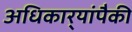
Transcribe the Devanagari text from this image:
अधिकार्‍यांपैकी